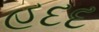
હદદ